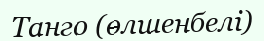
Танго (өлшенбелі)